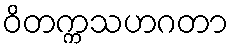
ဝိတက္ကသဟဂတာ